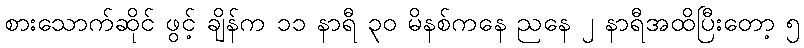
စားသောက်ဆိုင် ဖွင့် ချိန်က ၁၁ နာရီ ၃၀ မိနစ်ကနေ ညနေ ၂ နာရီအထိပြီးတော့ ၅